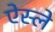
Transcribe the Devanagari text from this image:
ऐस्ले